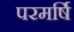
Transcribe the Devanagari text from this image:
परमर्षि